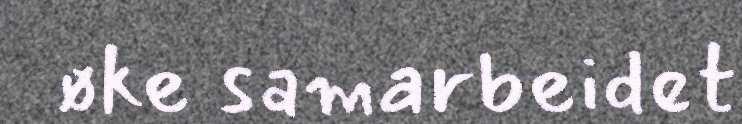
øke samarbeidet